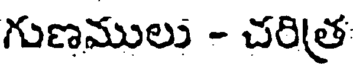
గుణములు - చరిత్ర